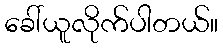
ခေါ်ယူလိုက်ပါတယ်။